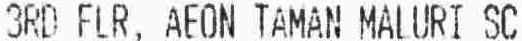
3RD FLR, AEON TAMAN MALURI SC